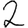
Digit: 2